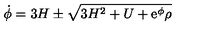
\setcounter { e q u a t i o n } { 4 } \dot { \phi } = 3 H \pm \sqrt { 3 H ^ { 2 } + U + \mathrm { \large e ^ \phi } \rho }